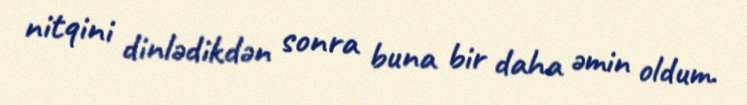
nitqini dinlədikdən sonra buna bir daha əmin oldum.